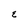
Character: E